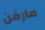
مارفن